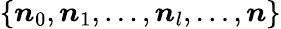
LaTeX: \{ \boldsymbol n_{0},\boldsymbol n_{1},\dots,\boldsymbol n_{l},\dots,\boldsymbol n\}